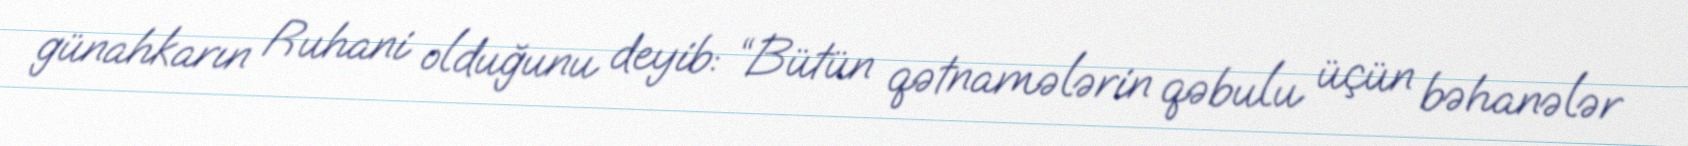
günahkarın Ruhani olduğunu deyib: “Bütün qətnamələrin qəbulu üçün bəhanələr